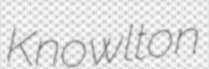
Knowlton